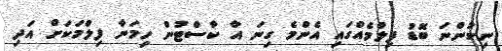
ނިކުންނަ ބޮޑު ފިލްމެއްގައި އެންމެ ގިނަ އާ ކާސްޓުން ހިމަނާ ފިލްމަކަށް އަދި